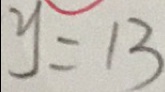
y = 1 3